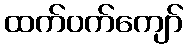
ထက်ဝက်ကျော်